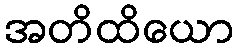
အတိထိယော